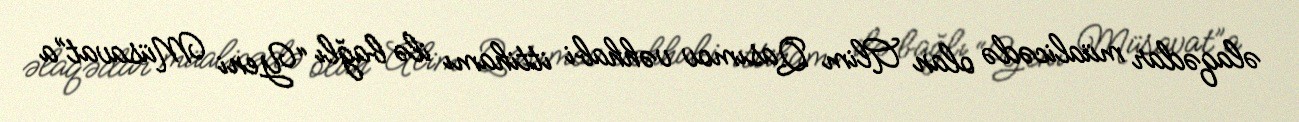
əlaqədar müalicədə olan Alim Qasımov vəhhabi ittihamı ilə bağlı “Yeni Müsavat”a